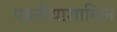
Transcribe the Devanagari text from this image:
एपनीयाशामिल